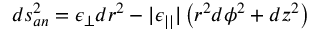
d s _ { a n } ^ { 2 } = \epsilon _ { \perp } d r ^ { 2 } - | \epsilon _ { | | } | \left( r ^ { 2 } d \phi ^ { 2 } + d z ^ { 2 } \right)